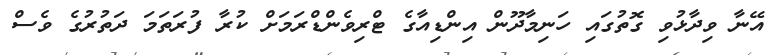
އޭނާ ވިދާޅުވި ގޮތުގައި ހަނިމާދޫން އިންޑިއާގެ ޓްރިވެންޑްރަމަށް ކުރާ ފުރަތަމަ ދަތުރުގެ ވެސް